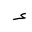
Letter: _hamza